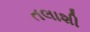
તલાશી